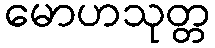
မောဟသုတ္တ